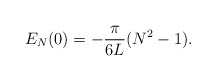
\begin{align*}E_N(0)=-\frac{\pi}{6 L}(N^2-1).\end{align*}